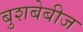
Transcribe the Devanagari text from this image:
बुशबेबीज